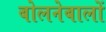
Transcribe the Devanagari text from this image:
बोलनेबालों